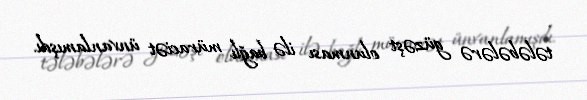
tələbələrə güzəşt olunması ilə bağlı müraciət ünvanlamışdı.